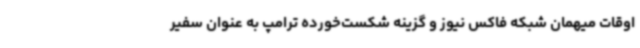
اوقات میهمان شبکه فاکس نیوز و گزینه شکست‌خورده ترامپ به عنوان سفیر